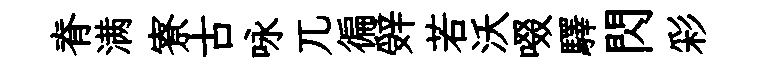
脊满寮古咏兀徧辤若沃啜驛閃彩